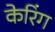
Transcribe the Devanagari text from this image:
केरिंग